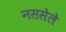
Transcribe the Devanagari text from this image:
नससेले